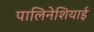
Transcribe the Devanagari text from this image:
पालिनेशियाई